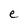
Character: e